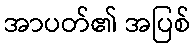
အာပတ်၏ အပြစ်